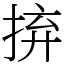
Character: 𢬵